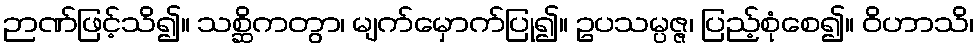
ဉာဏ်ဖြင့်သိ၍။ သစ္ဆိကတွာ၊ မျက်မှောက်ပြု၍။ ဥပသမ္ပဇ္ဇ၊ ပြည့်စုံစေ၍။ ဝိဟာသိ၊